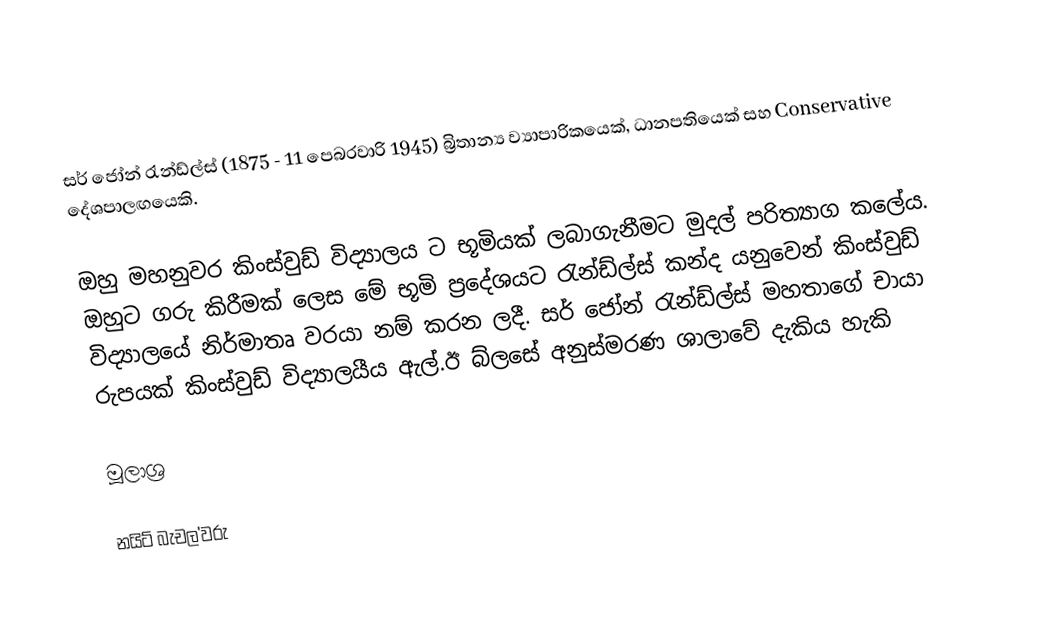
සර් ජෝන් රැන්ඩ්ල්ස් (1875 - 11 පෙබරවාරි 1945) බ්‍රිතාන්‍ය ව්‍යාපාරිකයෙක්, ධානපතියෙක් සහ Conservative දේශපාලඟයෙකි.

ඔහු මහනුවර  කිංස්වුඩ් විද්‍යාලය ට භූමියක් ලබාගැනීමට මුදල් පරිත්‍යාග කලේය. ඔහුට ගරු කිරීමක් ලෙස මේ භූමි ප්‍රදේශයට රැන්ඩ්ල්ස් කන්ද යනුවෙන් කිංස්වුඩ් විද්‍යාලයේ නිර්මාතෘ වරයා නම් කරන ලදී. සර් ජෝන් රැන්ඩ්ල්ස් මහතාගේ චායා රුපයක් කිංස්වුඩ් විද්‍යාලයීය ඇල්.ඊ බ්ලසේ අනුස්මරණ ශාලාවේ දැකිය හැකි

මූලාශ්‍ර

නයිට් බැචල'වරු